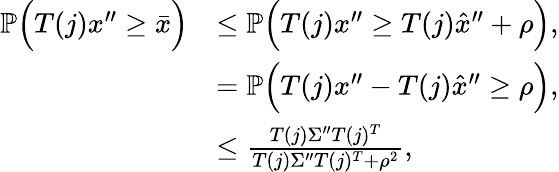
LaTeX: \begin{array}{rl}{\mathbb{P}\Big(T(j)x^{\prime\prime}\geq\bar{x}\Big)}&{\leq\mathbb{P}\Big(T(j)x^{\prime\prime}\geq T(j)\hat{x}^{\prime\prime}+\rho\Big),}\\ &{=\mathbb{P}\Big(T(j)x^{\prime\prime}-T(j)\hat{x}^{\prime\prime}\geq\rho\Big),}\\ &{\leq\frac{T(j)\Sigma^{\prime\prime}T(j)^{T}}{T(j)\Sigma^{\prime\prime}T(j)^{T}+\rho^{2}},}\end{array}